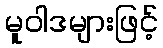
မူဝါဒများဖြင့်